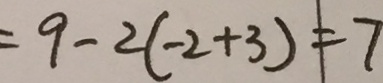
= 9 - 2 ( - 2 + 3 ) = 7